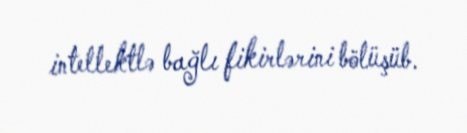
intellektlə bağlı fikirlərini bölüşüb.